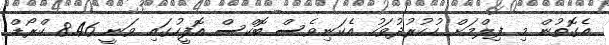
އެގޮތުން މި ފިލްމަށް ހުކުރުދުވަހު އެކަނިވެސް ބޮކްސް އޮފީހުގައި ވަނީ 8.46 ކްރޯޑް